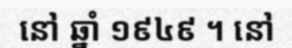
នៅ ឆ្នាំ ១៩៤៩ ។ នៅ